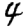
Digit: 4